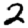
Digit: 2